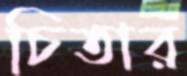
চিতার